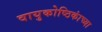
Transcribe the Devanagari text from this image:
वायुकोष्ठिकांच्या